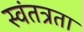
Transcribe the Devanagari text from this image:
स्‍वंतत्रता